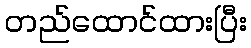
တည်ထောင်ထားပြီး